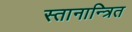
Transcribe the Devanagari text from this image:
स्तानान्त्रित